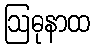
ဩဓုနာထ